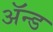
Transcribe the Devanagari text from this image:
ॲन्‍ड